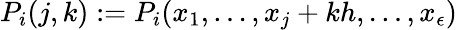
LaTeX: P_{i}(j,k):=P_{i}(x_{1},\dots,x_{j}+kh,\dots,x_{\epsilon})